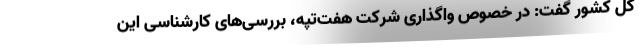
کل کشور گفت: در خصوص واگذاری شرکت هفت‌تپه، بررسی‌های کارشناسی این